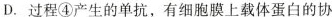
D.过程④产生的单抗，有细胞膜上载体蛋白的协